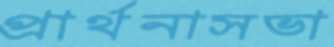
প্রার্থনাসভা